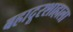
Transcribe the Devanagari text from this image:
बहादूरशाहाला